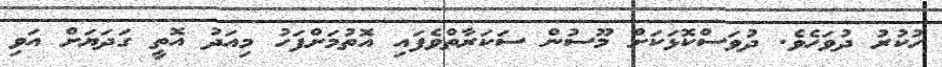
ހުކުރު ދުވަހެވެ. ދުވަސްކޮޅަކަށް މޫސުން ސަކަރާތްވެފައި އޮތުމަށްފަހު މިއަދު އޮތީ ގަދަޔަށް އަވި